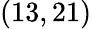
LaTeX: (13,21)